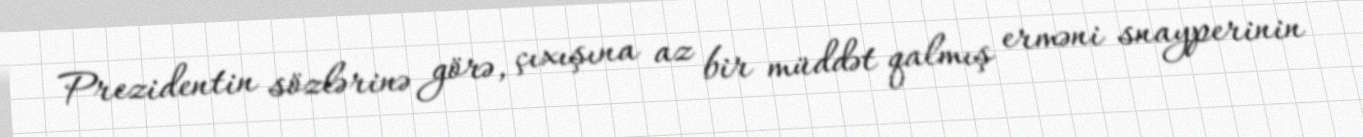
Prezidentin sözlərinə görə, çıxışına az bir müddət qalmış erməni snayperinin